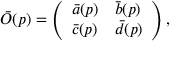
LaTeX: \bar { O } ( p ) = \left( \begin{array} { l l } { { \bar { a } ( p ) } } & { { \bar { b } ( p ) } } \\ { { \bar { c } ( p ) } } & { { \bar { d } ( p ) } } \end{array} \right) ,